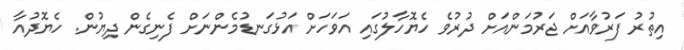
އިތުރު ފަރުވާއަށް ޖަރުމަންއަށް ދުރުވެ ހެޔޮހާލުގައި އަވަހަށް އަޅުގަނޑުމެންނަށް ފެނިގެން ދިޔުން. ހެޔޮދުއާ